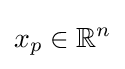
x_{p}\in \mathbb {R} ^{n}